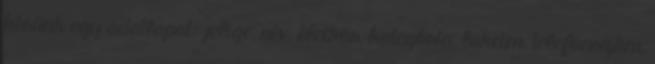
kérünk egy adatlapot: jelige, név, életkor, kategória, lakcím, telefonszám,